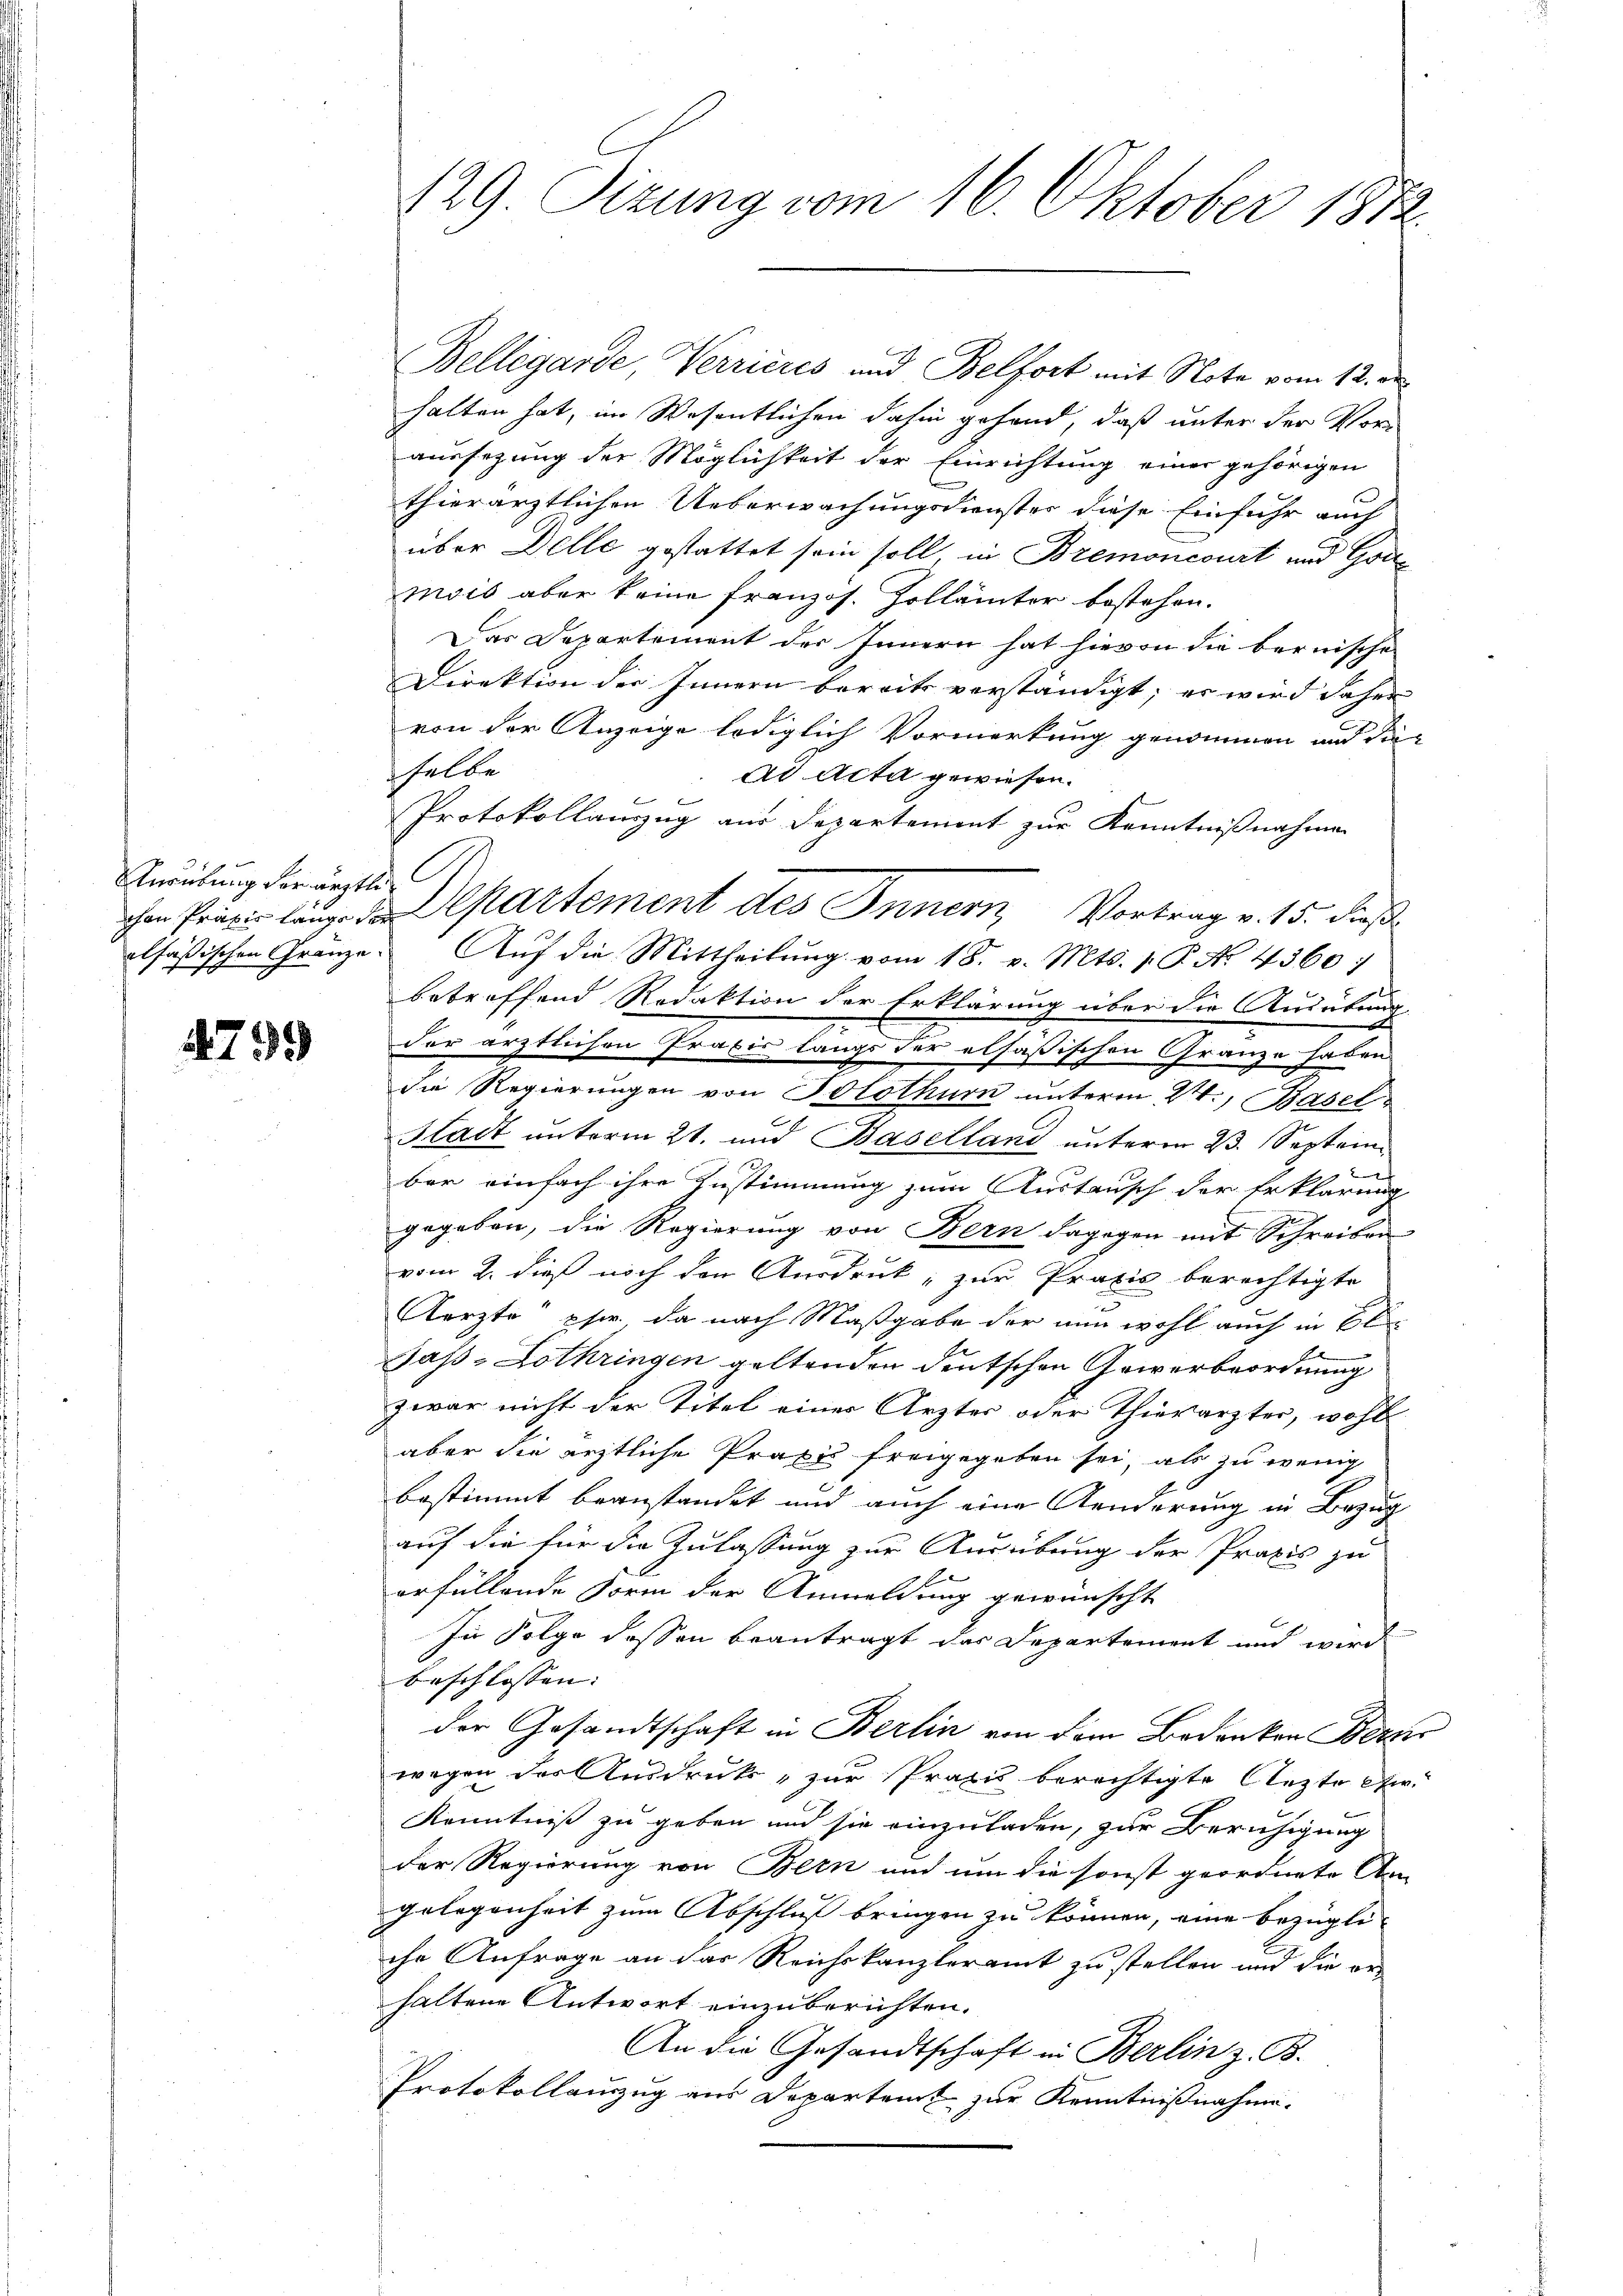
Unrübung der ärztlich

799

Bellegarde, Verrieres und Belfort mit Note vom 12. en
halten hat, im Wesentlichen dahin gehend, daß unter der Voraussezung der Möglichkeit der Einrichtung einer gehörigen
thierärztlichen Ueberwachungsdienster diese Einfuhr auch
über Delle gestattet sein soll, in Bremoncourt und Goumois aber keine französ. Zollämter bestehen.
Das Departement der Innern hat hievon die bernische
Direktion der Innern bereits verständigt; es wird daher
von der Anzeige lediglich Vormerkung genommen und die
selbe
ad Acta gewiesen.
Protokollanzug aus Departement zur Kenntnißnahmen
olfäßischen Gränze. Auf die Mittheilŭng vom 18. v. Mts. 1. P. No. 4360:
betreffend Redaktion der Erklärung über die Ausübung.
der ärztlichen Praxis langs der alsäßischen Gränze haben
die Regierungen von Solothurn unterm 24., Basel
Stadt unterm 21. und Baselland unterm 23. Septem¬
 x
ber einfach ihre Zustimmung zum Austausch der Erklärung
gegeben, die Regierung von Bern dagegen mit Schreiben
vom 2. dieß noch den Ausdruck, zur Praxis berechtigte
Aerzte" psw. da nach Maßgabe der nun wohl auch in
Jaß-Lothringen geltenden deutschen Gewerbeordnung
zwar nicht der Titel einer Ärztes oder Thierärztes, wohl
aber die ärztliche Praxis freigegeben sei, als zu wenig
bestimmt beanstandet und auch eine Aenderung in Bezug
auf die für die Zulassung zur Ausübung der Praxis zu
erfüllende Form der Anmeldung gewünscht
In Folge dessen beantragt das Departement und wird
beschlossen:
der Gesandtschaft in Berlin von dem Bedanken Bezir
wegen der Ausdruck, zur Praxis berechtigte Arzte An-
Kenntniß zu geben und sie einzuladen, zur Beruhigung
der Regierung von Bern und um die sonst geordnete An-
gelegenheit zum Abschluß bringen zu können, eine bezügli-
che Anfrage an das Reichskanzleramt zu stellen und die er-
haltene Antwort einzuberichten.
An die Gesandtschaft in Berlin z. B.
Protokollauszug aus Departent zur Kenntnißnahme.

129. Sizung vom 16. Oktober 1812.

chen Praxi länge de partement des Innern, Vortrag v. 15. dieß